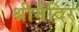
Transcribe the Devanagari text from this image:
श्रीमंदिर